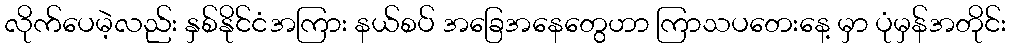
လိုက်ပေမဲ့လည်း နှစ်နိုင်ငံအကြား နယ်စပ် အခြေအနေတွေဟာ ကြာသပတေးနေ့ မှာ ပုံမှန်အတိုင်း